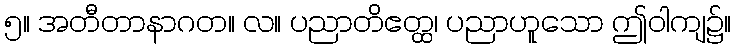
၅။ အတီတာနာဂတ။ လ။ ပညာတိဧတ္ထ၊ ပညာဟူသော ဤဝါကျ၌။